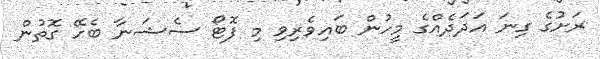
ރަށުގެ ގިނަ އަދަދެއްގެ މީހުން ބައިވެރިވި މި ފޮޓޯ ސެޝަނާ ބެހޭ ގޮތުން